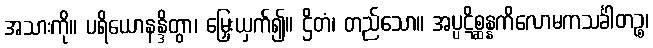
အသားကို။ ပရိယောနန္ဒိတွာ၊ မြှေးယှက်၍။ ဌိတံ၊ တည်သော။ အပ္ပဋိစ္ဆန္နကိလောမကသင်္ခါတဉ္စ၊